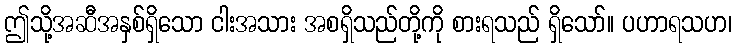
ဤသို့အဆီအနှစ်ရှိသော ငါးအသား အစရှိသည်တို့ကို စားရသည် ရှိသော်။ ပဟာရသဟ၊